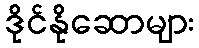
ဒိုင်နိုဆောများ